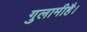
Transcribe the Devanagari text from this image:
गुलामीहै।